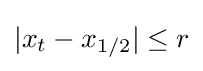
|x_{t}-x_{1/2}|\leq r